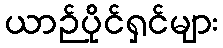
ယာဉ်ပိုင်ရှင်များ